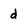
Character: d